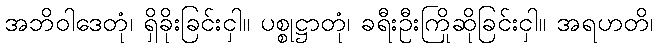
အဘိဝါဒေတုံ၊ ရှိခိုးခြင်းငှါ။ ပစ္စုဋ္ဌာတုံ၊ ခရီးဦးကြိုဆိုခြင်းငှါ။ အရဟတိ၊